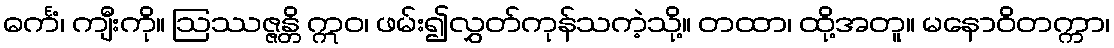
ဓင်္ကံ၊ ကျီးကို။ ဩဿဇ္ဇန္တိ ဣဝ၊ ဖမ်း၍လွှတ်ကုန်သကဲ့သို့။ တထာ၊ ထို့အတူ။ မနောဝိတက္ကာ၊